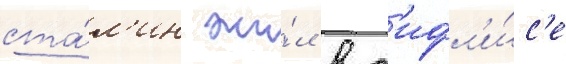
ста́л'ин жи́л в т'ифл'и́с'е